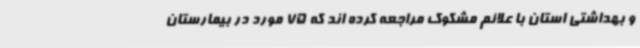
و بهداشتی استان با علائم مشکوک مراجعه کرده اند که 75 مورد در بیمارستان